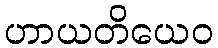
ဟာယတိယေဝ